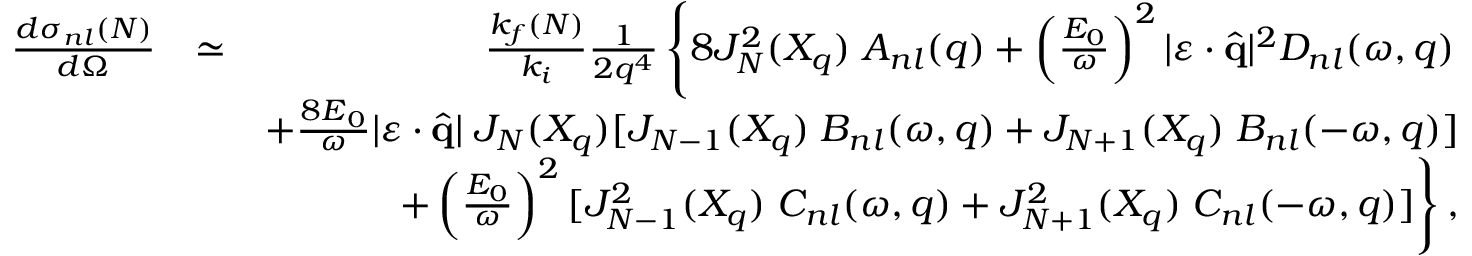
\begin{array} { r l r } { \frac { d { \sigma } _ { n l } ( N ) } { d \Omega } } & { \simeq } & { \frac { k _ { f } ( N ) } { k _ { i } } \frac { 1 } { 2 q ^ { 4 } } \left\{ 8 J _ { N } ^ { 2 } ( X _ { q } ) \; { \cal A } _ { n l } ( q ) + \left( \frac { { \cal E } _ { 0 } } { \omega } \right) ^ { 2 } | \boldsymbol { \varepsilon } \cdot { \hat { \mathbf { q } } } | ^ { 2 } { \cal D } _ { n l } ( \omega , q ) \right. } \\ & { } & { + \frac { { 8 \cal E } _ { 0 } } { \omega } | \boldsymbol { \varepsilon } \cdot { \hat { \mathbf { q } } } | \; J _ { N } ( X _ { q } ) [ J _ { N - 1 } ( X _ { q } ) \; { \cal B } _ { n l } ( \omega , q ) + J _ { N + 1 } ( X _ { q } ) \; { \cal B } _ { n l } ( - \omega , q ) ] } \\ & { } & { \left. + \left( \frac { { \cal E } _ { 0 } } { \omega } \right) ^ { 2 } [ J _ { N - 1 } ^ { 2 } ( X _ { q } ) \; { \cal C } _ { n l } ( \omega , q ) + J _ { N + 1 } ^ { 2 } ( X _ { q } ) \; { \cal C } _ { n l } ( - \omega , q ) ] \right\} , } \end{array}